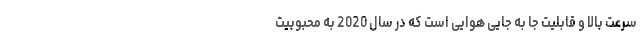
سرعت بالا و قابلیت جا به جایی هوایی است که در سال 2020 به محبوبیت